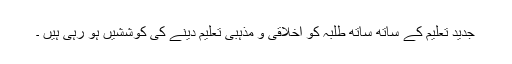
جدید تعلیم کے ساتھ ساتھ طلبہ کو اخلاقی و مذہبی تعلیم دینے کی کوششیں ہو رہی ہیں ۔